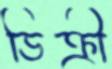
ডিক্রী